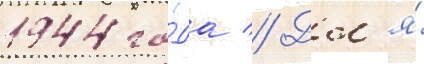
1944 го́да // Дл'я́